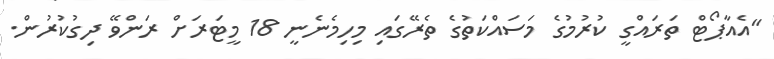
"އެއާޕޯޓް ތަރައްގީ ކުރުމުގެ މަސައްކަތުގެ ތެރޭގައި މިހިމެނެނީ 18 މީޓަރަށް ރަންވޭ ދިގުކުރުން.